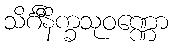
သိင်္ဂီနိက္ခသုဝဏ္ဏော